画像に写った文字を読んでください
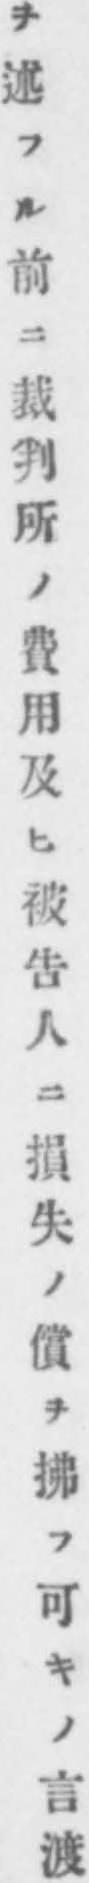
「ヲ述フル前ニ裁判所ノ費用及ヒ被告人ニ損失ノ償ヲ拂フ可キノ言渡」と書いてあります